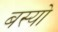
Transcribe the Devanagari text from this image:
बस्‍यो